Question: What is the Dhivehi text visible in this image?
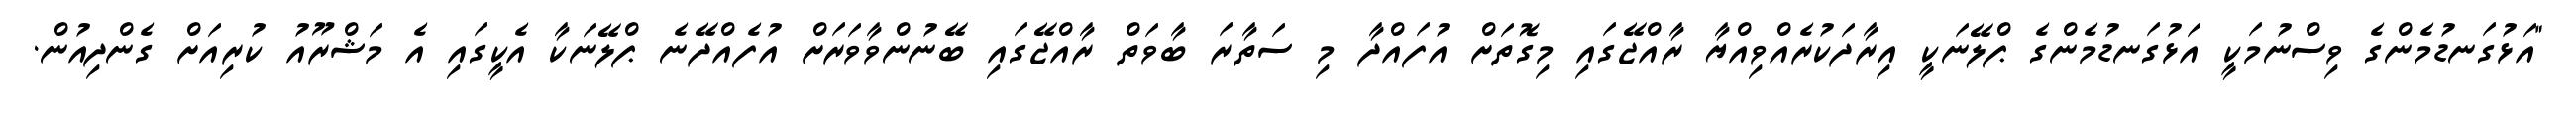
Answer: "އަޅުގަނޑުމެންގެ ވިސްނުމަކީ އަޅުގަނޑުމެންގެ ޕްލޭނަކީ އިރާދަކުރެއްވިއްޔާ ރާއްޖޭގައި މިގޮތަށް އުފައްދާ މި ސަތާރަ ބާވަތް ރާއްޖޭގައި ބޭނުންވާވަރަށް އުފެއްދޭނެ ޕްލޭނަކާ އެކީގައި އެ މަޝްރޫއު ކުރިއަށް ގެންދިއުން.